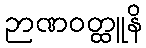
ဉာဏဝတ္ထူနိ